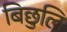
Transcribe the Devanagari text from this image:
बिछुलि